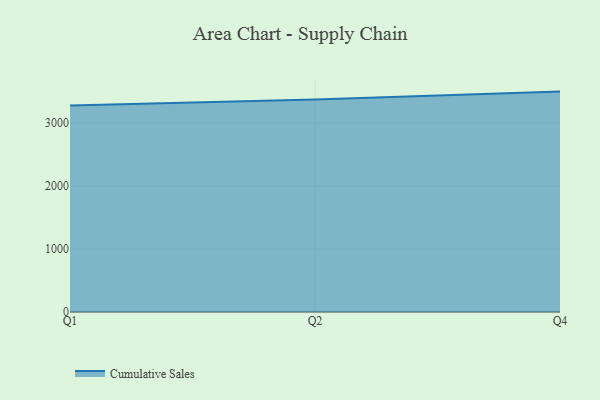
{"axis": {"x": "Quarter", "y": "Temperature (°C)"}, "legend": ["Cumulative Sales"], "data": [{"x": "Q1", "y": 3280.2, "type": "Cumulative Sales"}, {"x": "Q2", "y": 3376.5, "type": "Cumulative Sales"}, {"x": "Q4", "y": 3500.5, "type": "Cumulative Sales"}]}